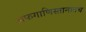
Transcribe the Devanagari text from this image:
अफगाणिस्तानातच